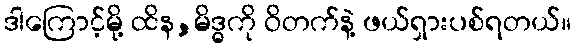
ဒါကြောင့်မို့ ထိန,မိဒ္ဓကို ဝိတက်နဲ့ ဖယ်ရှားပစ်ရတယ်။